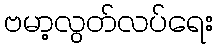
ဗမာ့လွတ်လပ်ရေး